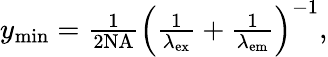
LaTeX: \begin{array}{r}{y_{\mathrm{min}}=\frac{1}{2\mathrm{NA}}\left(\frac{1}{\lambda_{\mathrm{ex}}}+\frac{1}{\lambda_{\mathrm{em}}}\right)^{-1},}\end{array}